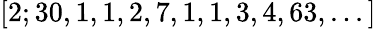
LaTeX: [2;30,1,1,2,7,1,1,3,4,63,...]